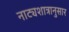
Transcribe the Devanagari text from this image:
नाट्यशात्रानुसार